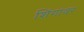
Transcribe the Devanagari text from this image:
शिंगांवर